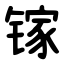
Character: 镓